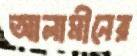
আলামীনের